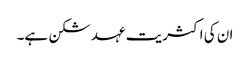
ان کی اکثریت عہد شکن ہے۔